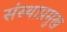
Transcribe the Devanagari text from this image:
संस्थाप्रमुख